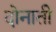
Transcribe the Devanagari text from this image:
दोनाती